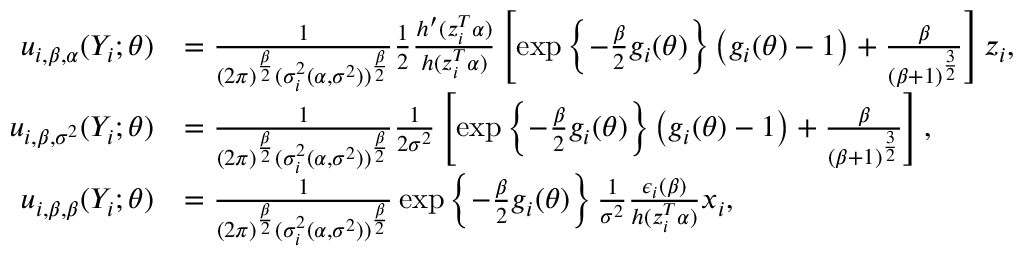
\begin{array} { r l } { \boldsymbol { u } _ { i , \beta , \boldsymbol { \alpha } } ( Y _ { i } ; \boldsymbol { \theta } ) } & { = \frac { 1 } { ( 2 \pi ) ^ { \frac { \beta } { 2 } } ( \sigma _ { i } ^ { 2 } ( \boldsymbol { \alpha } , \sigma ^ { 2 } ) ) ^ { \frac { \beta } { 2 } } } \frac { 1 } { 2 } \frac { h ^ { \prime } ( \boldsymbol { z } _ { i } ^ { T } \boldsymbol { \alpha } ) } { h ( \boldsymbol { z } _ { i } ^ { T } \boldsymbol { \alpha } ) } \left[ \exp \left\{ - \frac { \beta } { 2 } g _ { i } ( \boldsymbol { \theta } ) \right\} \left( g _ { i } ( \boldsymbol { \theta } ) - 1 \right) + \frac { \beta } { ( \beta + 1 ) ^ { \frac { 3 } { 2 } } } \right] \boldsymbol { z } _ { i } , } \\ { u _ { i , \beta , \sigma ^ { 2 } } ( Y _ { i } ; \boldsymbol { \theta } ) } & { = \frac { 1 } { ( 2 \pi ) ^ { \frac { \beta } { 2 } } ( \sigma _ { i } ^ { 2 } ( \boldsymbol { \alpha } , \sigma ^ { 2 } ) ) ^ { \frac { \beta } { 2 } } } \frac { 1 } { 2 \sigma ^ { 2 } } \left[ \exp \left\{ - \frac { \beta } { 2 } g _ { i } ( \boldsymbol { \theta } ) \right\} \left( g _ { i } ( \boldsymbol { \theta } ) - 1 \right) + \frac { \beta } { ( \beta + 1 ) ^ { \frac { 3 } { 2 } } } \right] , } \\ { \boldsymbol { u } _ { i , \beta , \boldsymbol { \beta } } ( Y _ { i } ; \boldsymbol { \theta } ) } & { = \frac { 1 } { ( 2 \pi ) ^ { \frac { \beta } { 2 } } ( \sigma _ { i } ^ { 2 } ( \boldsymbol { \alpha } , \sigma ^ { 2 } ) ) ^ { \frac { \beta } { 2 } } } \exp \left\{ - \frac { \beta } { 2 } g _ { i } ( \boldsymbol { \theta } ) \right\} \frac { 1 } { \sigma ^ { 2 } } \frac { \epsilon _ { i } ( \boldsymbol { \beta } ) } { h ( \boldsymbol { z } _ { i } ^ { T } \boldsymbol { \alpha } ) } \boldsymbol { x } _ { i } , } \end{array}